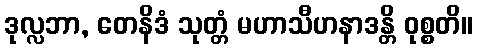
ဒုလ္လဘာ, တေနိဒံ သုတ္တံ မဟာသီဟနာဒန္တိ ဝုစ္စတိ။